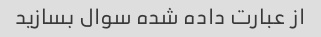
از عبارت داده شده سوال بسازید